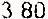
3.80